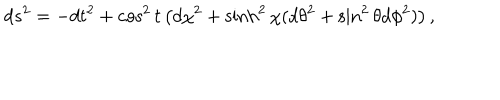
d s ^ { 2 } = - d t ^ { 2 } + \cos ^ { 2 } t \left( d \chi ^ { 2 } + \sinh ^ { 2 } \chi ( d \theta ^ { 2 } + \sin ^ { 2 } \theta d \phi ^ { 2 } ) \right) ,